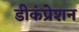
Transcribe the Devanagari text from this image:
डीकंप्रेशन